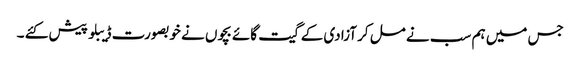
جس میں ہم سب نے مل کر آزادی کے گیت گائے بچوں نے خوبصورت ڈیبلو پیش کئے ۔